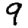
Digit: 9